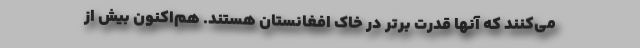
می‌کنند که آنها قدرت برتر در خاک افغانستان هستند. هم‌اکنون بیش از